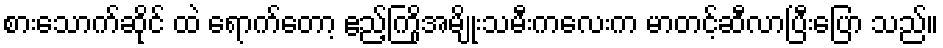
စားသောက်ဆိုင် ထဲ ရောက်တော့ ဧည့်ကြိုအမျိုးသမီးကလေးက မာတင့်ဆီလာပြီးပြော သည်။